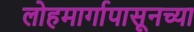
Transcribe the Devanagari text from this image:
लोहमार्गापासूनच्या